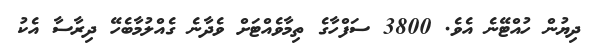
ދިޔުން ހުއްޓޭނެ އެވެ. 3800 ސަފްހާގެ ތިމާވެއްޓަށް ވެދާނެ ގެއްލުމާބެހޭ ދިރާސާ އެކު